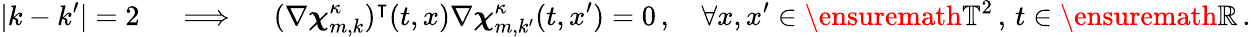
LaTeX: |k-k^{\prime}|=2\quad\implies\quad(\nabla{\boldsymbol{\chi}}_{m,k}^{\kappa})^{\intercal}(t,x)\nabla{\boldsymbol{\chi}}_{m,k^{\prime}}^{\kappa}(t,x^{\prime})=0\, ,\quad\forall x,x^{\prime}\in\ensuremath{\mathbb{T}}^{2}\, ,\, t\in\ensuremath{\mathbb{R}}\, .